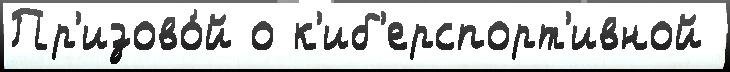
Пр'изово́й о к'иб'ерспорт'ивной